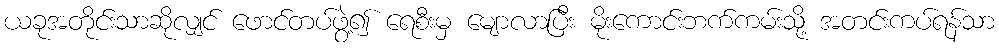
ယခုအတိုင်းသာဆိုလျှင် ဖောင်တပ်ဖွဲ့၍ ရေစီးမှ မျောလာပြီး မိုးကောင်းဘက်ကမ်းသို့ အတင်းကပ်ရန်သာ